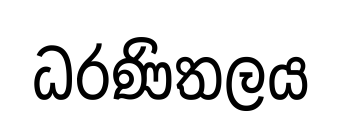
ධරණිතලය